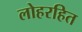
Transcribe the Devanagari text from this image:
लोहरहित